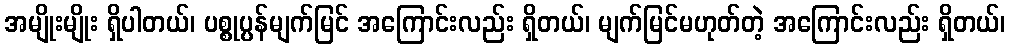
အမျိုးမျိုး ရှိပါတယ်၊ ပစ္စုပ္ပန်မျက်မြင် အကြောင်းလည်း ရှိတယ်၊ မျက်မြင်မဟုတ်တဲ့ အကြောင်းလည်း ရှိတယ်၊